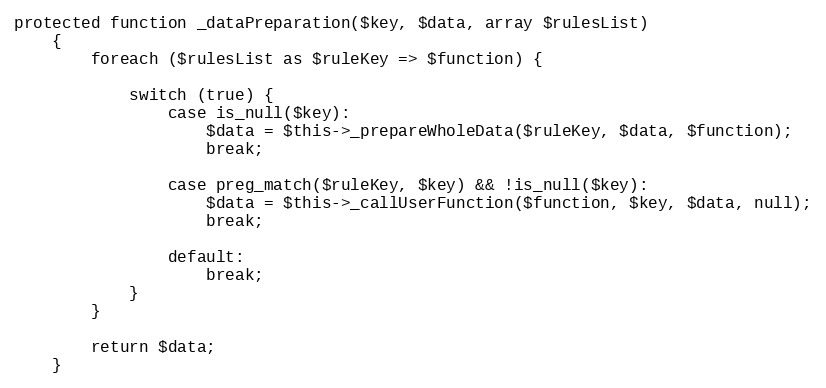
Language: PHP
protected function _dataPreparation($key, $data, array $rulesList)
    {
        foreach ($rulesList as $ruleKey => $function) {

            switch (true) {
                case is_null($key):
                    $data = $this->_prepareWholeData($ruleKey, $data, $function);
                    break;

                case preg_match($ruleKey, $key) && !is_null($key):
                    $data = $this->_callUserFunction($function, $key, $data, null);
                    break;

                default:
                    break;
            }
        }

        return $data;
    }